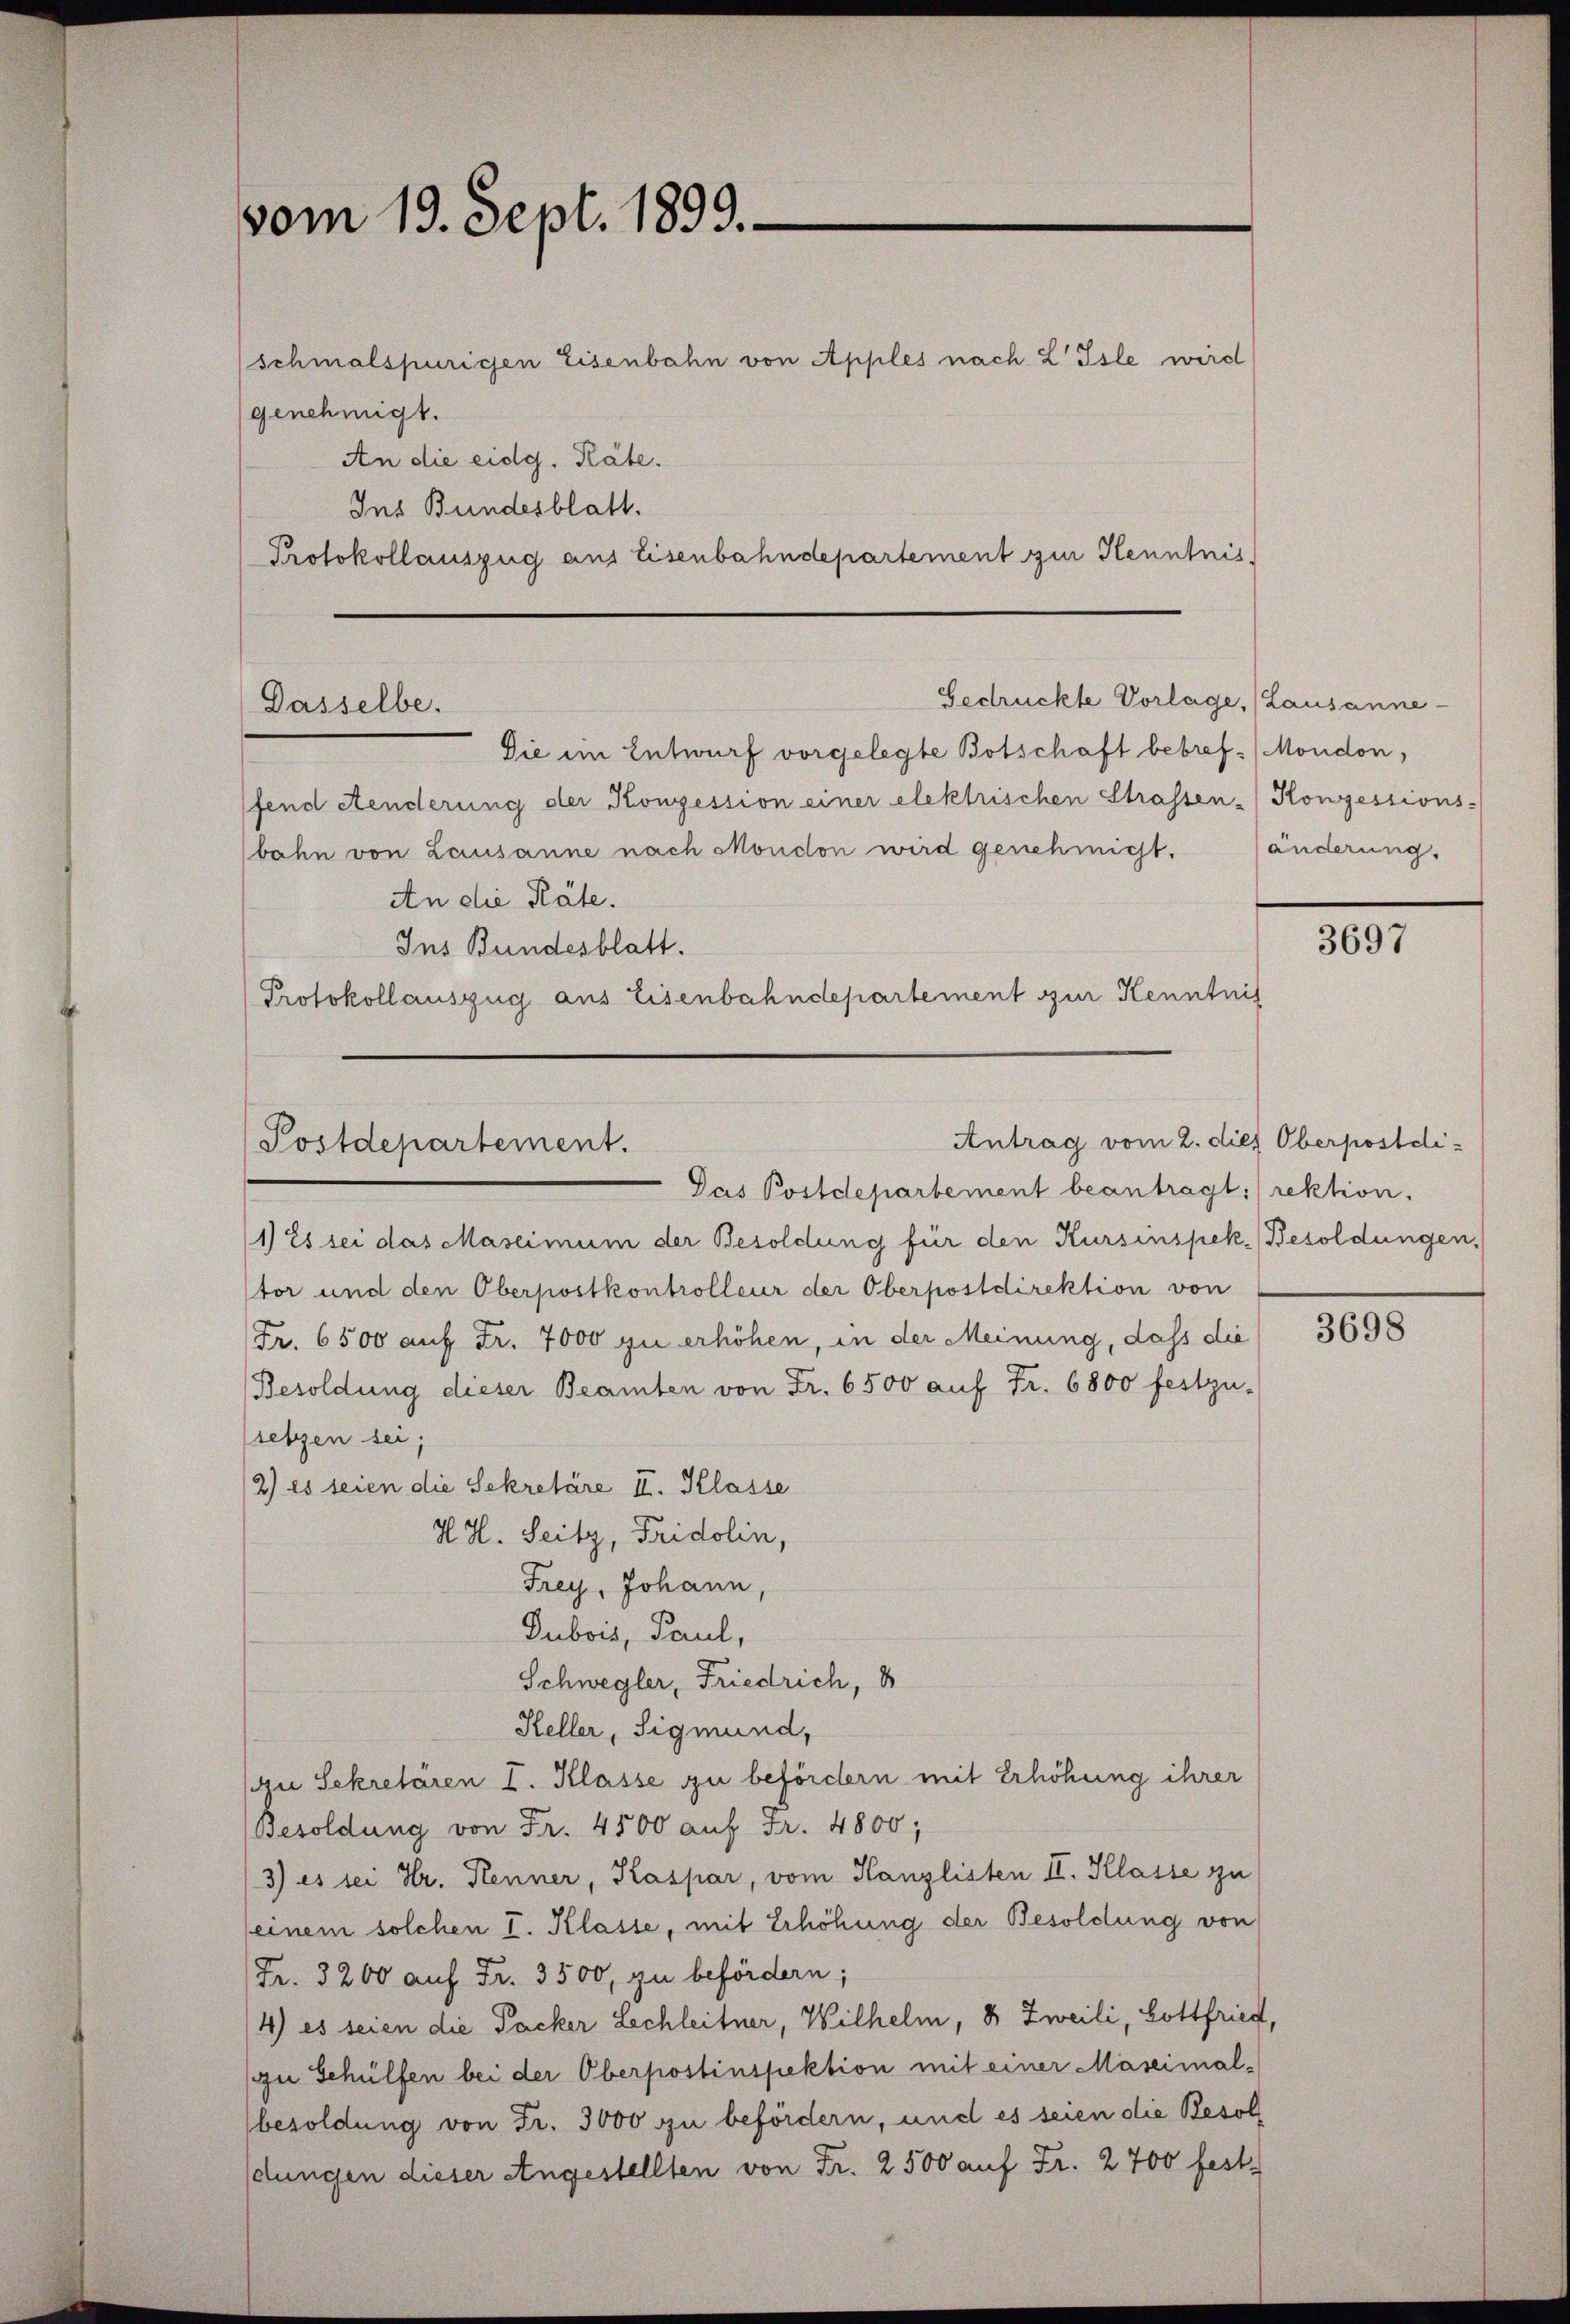
vom 19. Sept. 1899.

schmalspurigen Eisenbahn von Apples nach Z Isle wird
genehmigt.
An die eidg. Räte.
Ins Bundesblatt.
Protokollauszug aus Eisenbahndepartement zur Kenntnis

Gedrückte Vorlage, (Lausanne
Dasselbe.

Sie im Entwurf vorgelegte Botschaft bebref. Mondon,
fend Aenderung der Konzession einer elektrischen Strassen-Konzessions-
bahn von Lausanne nach Mondon wird genehmigt. änderung.
An die Räte.
Ins Bundesblatt.
Protokollauszug aus Eisenbahndepartement zur Kenntnis

Antrag vom 2. dies Oberpostdi
Postdepartement.
Das Postdepartement beantragt: rektion.

1) Es sei das Maseimum der Besoldung für den Kursinspek. Besoldungen,
tor und den Oberpostkontrolleur der Oberpostdirektion von
Fr. 6500 auf Fr. 7000 zu erhöhen, in der Meinung, dass die
Besoldung dieser Beamten von Fr. 6500 auf Fr. 6800 festzu-
setzen sei;
2) es seien die Sekretäre II. Klasse
H. H. Seitz, Fridolin,
Frey, Johann,
Dubois, Paul,
Schwegler, Friedrich,
Heller, Sigmund,
Au Sekretären I. Klasse zu befördern mit Erhöhung ihrer
Besoldung von Fr. 4500 auf Fr. 4800;
3) es sei Hr. Kenner, Kaspar, vom Kanzlisten II. Klasse zu
seinem solchen I. Klasse, mit Erhöhung der Besoldung von
Fr. 3200 auf Fr. 3500, zu befördern;
4) es seien die Packer Lechleitner, Wilhelm, 8 Zweili, Gottfried,
(zu Schülfen bei der Oberpostinspektion mit einer Maseimal-
besoldung von Fr. 3000 zu befördern, und es seien die Besol
dungen dieser Angestellten von Fr. 2500 auf Fr. 2700 fest

3697

3698